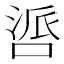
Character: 𪡤